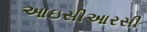
આઇસીઆરસી